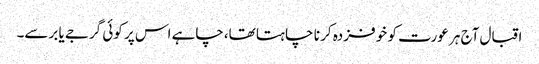
اقبال آج ہر عورت کو خو فزدہ کر نا چا ہتا تھا،چاہے اس پر کوئی گرجے یا برسے۔